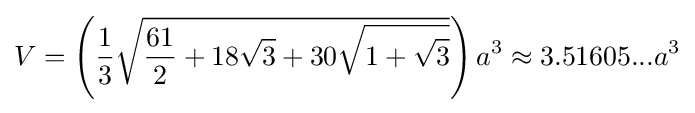
V=\left({\frac {1}{3}}{\sqrt {{\frac {61}{2}}+18{\sqrt {3}}+30{\sqrt {1+{\sqrt {3}}}}}}\right)a^{3}\approx 3.51605...a^{3}